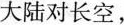
大陆对长空，